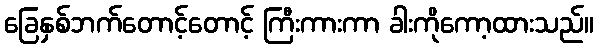
ခြေနှစ်ဘက်တောင့်တောင့် ကြီးကားကာ ခါးကိုကော့ထားသည်။